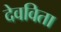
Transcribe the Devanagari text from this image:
देवविता